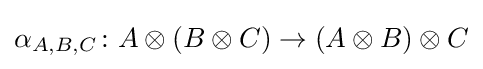
\alpha _{A,B,C}\colon A\otimes (B\otimes C)\rightarrow (A\otimes B)\otimes C